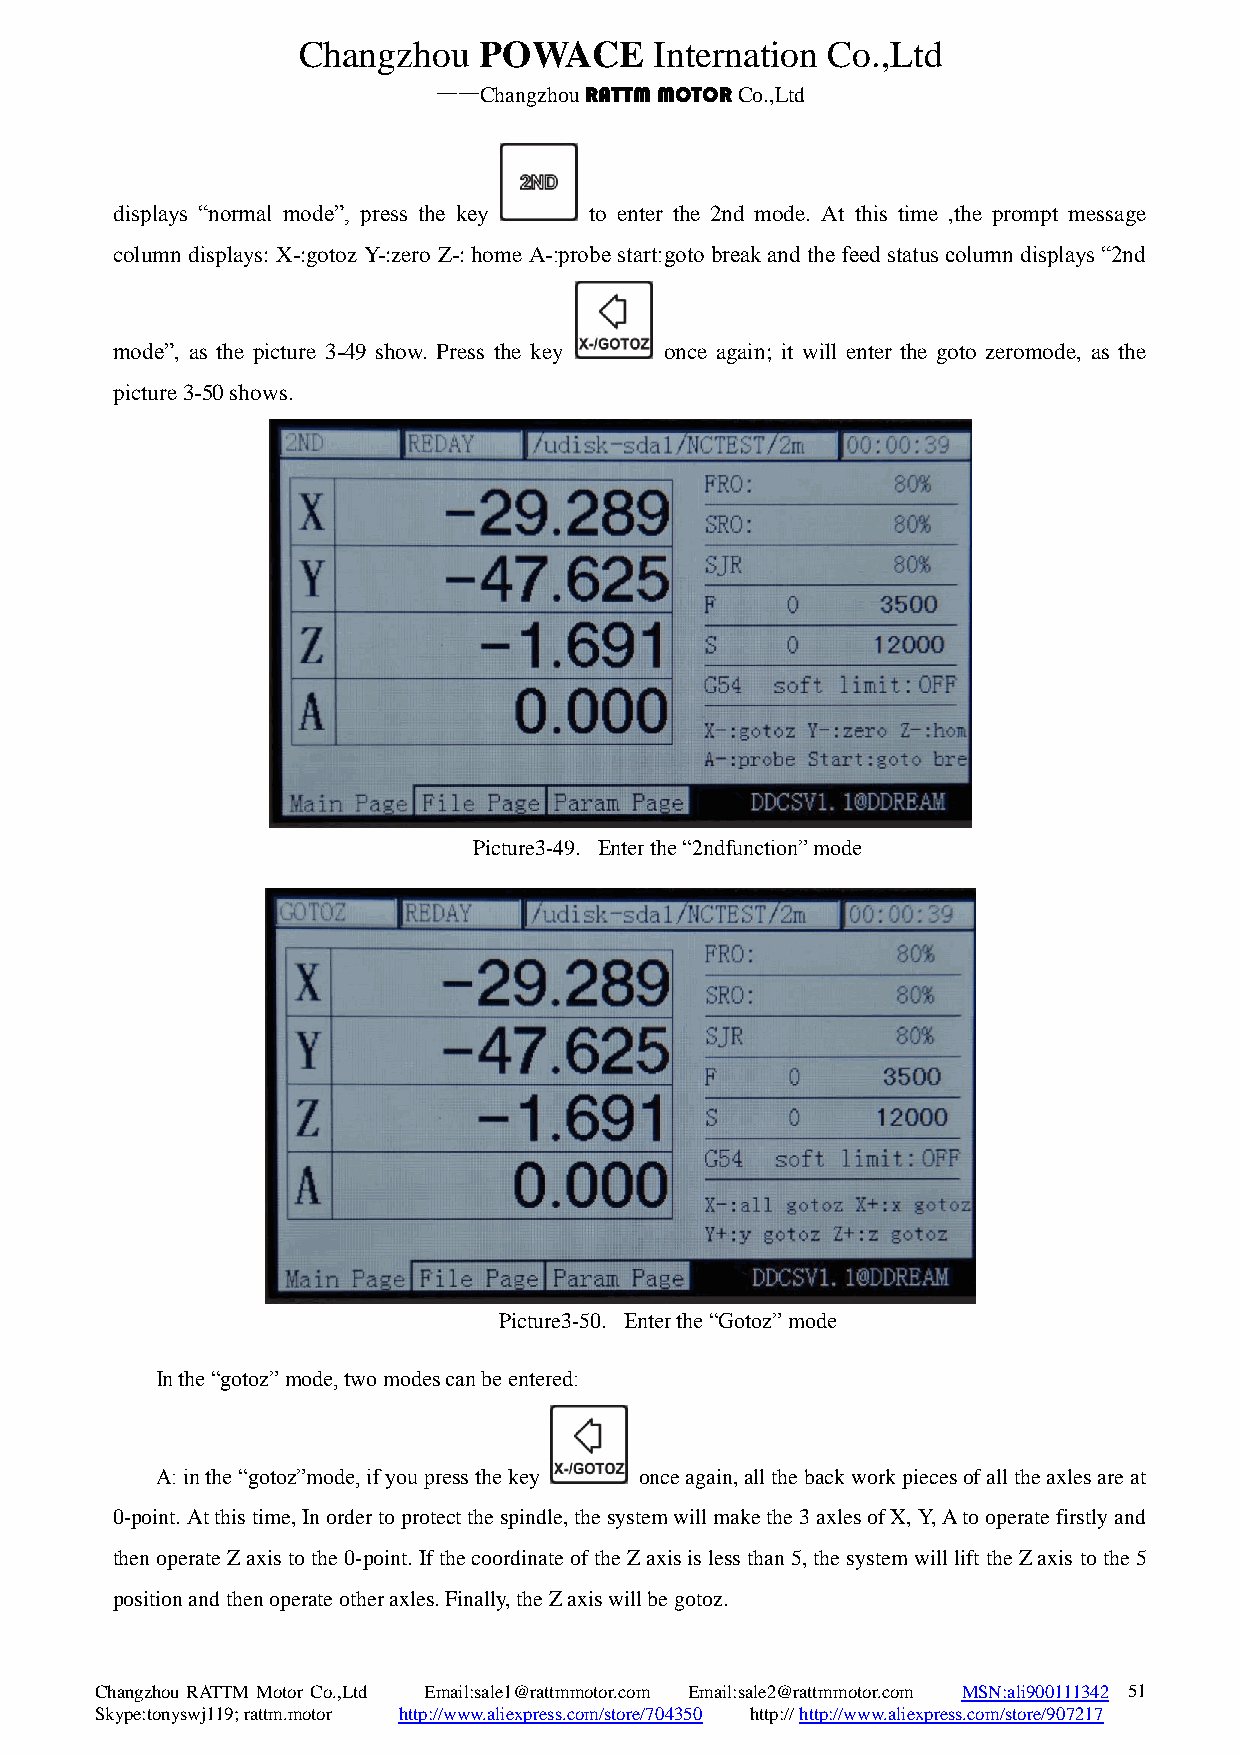
Changzhou   POWACE     Internation Co.,Ltd
 ——Changzhou RATTM MOTOR Co.,Ltd
 displays “normal mode”, press the key to enter the 2nd mode. At this time ,the prompt message
 column displays: X-:gotoz Y-:zero Z-: home A-:probe start:goto break and the feed status column displays “2nd
 mode”, as the picture 3-49 show. Press the key once again; it will enter the goto zeromode, as the
 picture 3-50 shows.
 Picture3-49. Enter the “2ndfunction” mode
 Picture3-50. Enter the “Gotoz” mode
 In the “gotoz” mode, two modes can be entered:
 A: in the “gotoz”mode, if you press the key once again, all the back work pieces of all the axles are at
 0-point. At this time, In order to protect the spindle, the system will make the 3 axles of X, Y, A to operate firstly and
 then operate Z axis to the 0-point. If the coordinate of the Z axis is less than 5, the system will lift the Z axis to the 5
 position and then operate other axles. Finally, the Z axis will be gotoz.
 Changzhou RATTM Motor Co.,Ltd Email:sale1@rattmmotor.com Email:sale2@rattmmotor.com MSN:ali900111342 5 1
 Skype:tonyswj119; rattm.motor http://www.aliexpress.com/store/704350 http:// http://www.aliexpress.com/store/907217